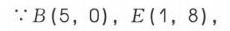
\(\because B(5,0),E(1,8),\)